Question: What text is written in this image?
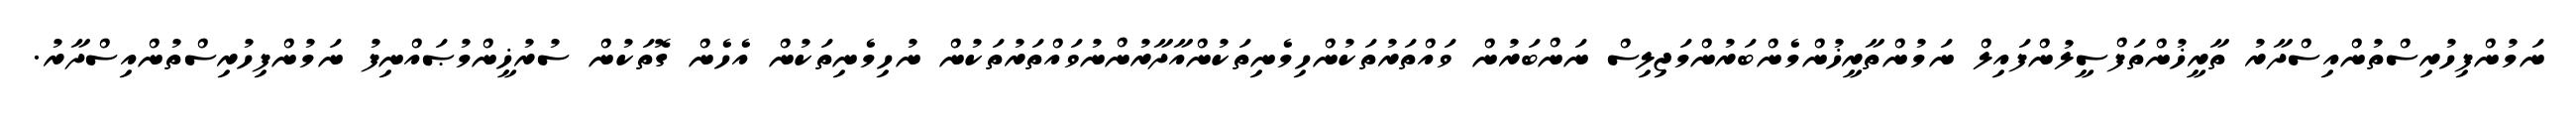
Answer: ނަމުންފިހުރިސްތުންއިސްދާރު ތާރީޚުންތަފްސީލުންފައިލް ނަމުންތާރީޚުންމެންބަރުންމަޖިލިސް ނަންބަރުން ވައްތަރުތަކުންހިމެނިތަކުންއާދާރުންނުވައްތަރުތަކުން ނުހިމެނިތަކުން އެހެން ގޮތަކުން ސުރުޚީންމުޞައްނިފު ނަމުންފިހުރިސްތުންއިސްދާރު.